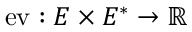
{ \mathrm { e v } } : E \times E ^ { * } \to \mathbb { R }